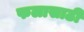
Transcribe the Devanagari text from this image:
फलासाठी